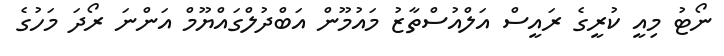
ނޯޓު މިއީ ކުރީގެ ރައީސް އަލްއުސްތާޒު މައުމޫން އަބްދުލްގައްޔޫމް އަންނަ ރޯދަ މަހުގެ